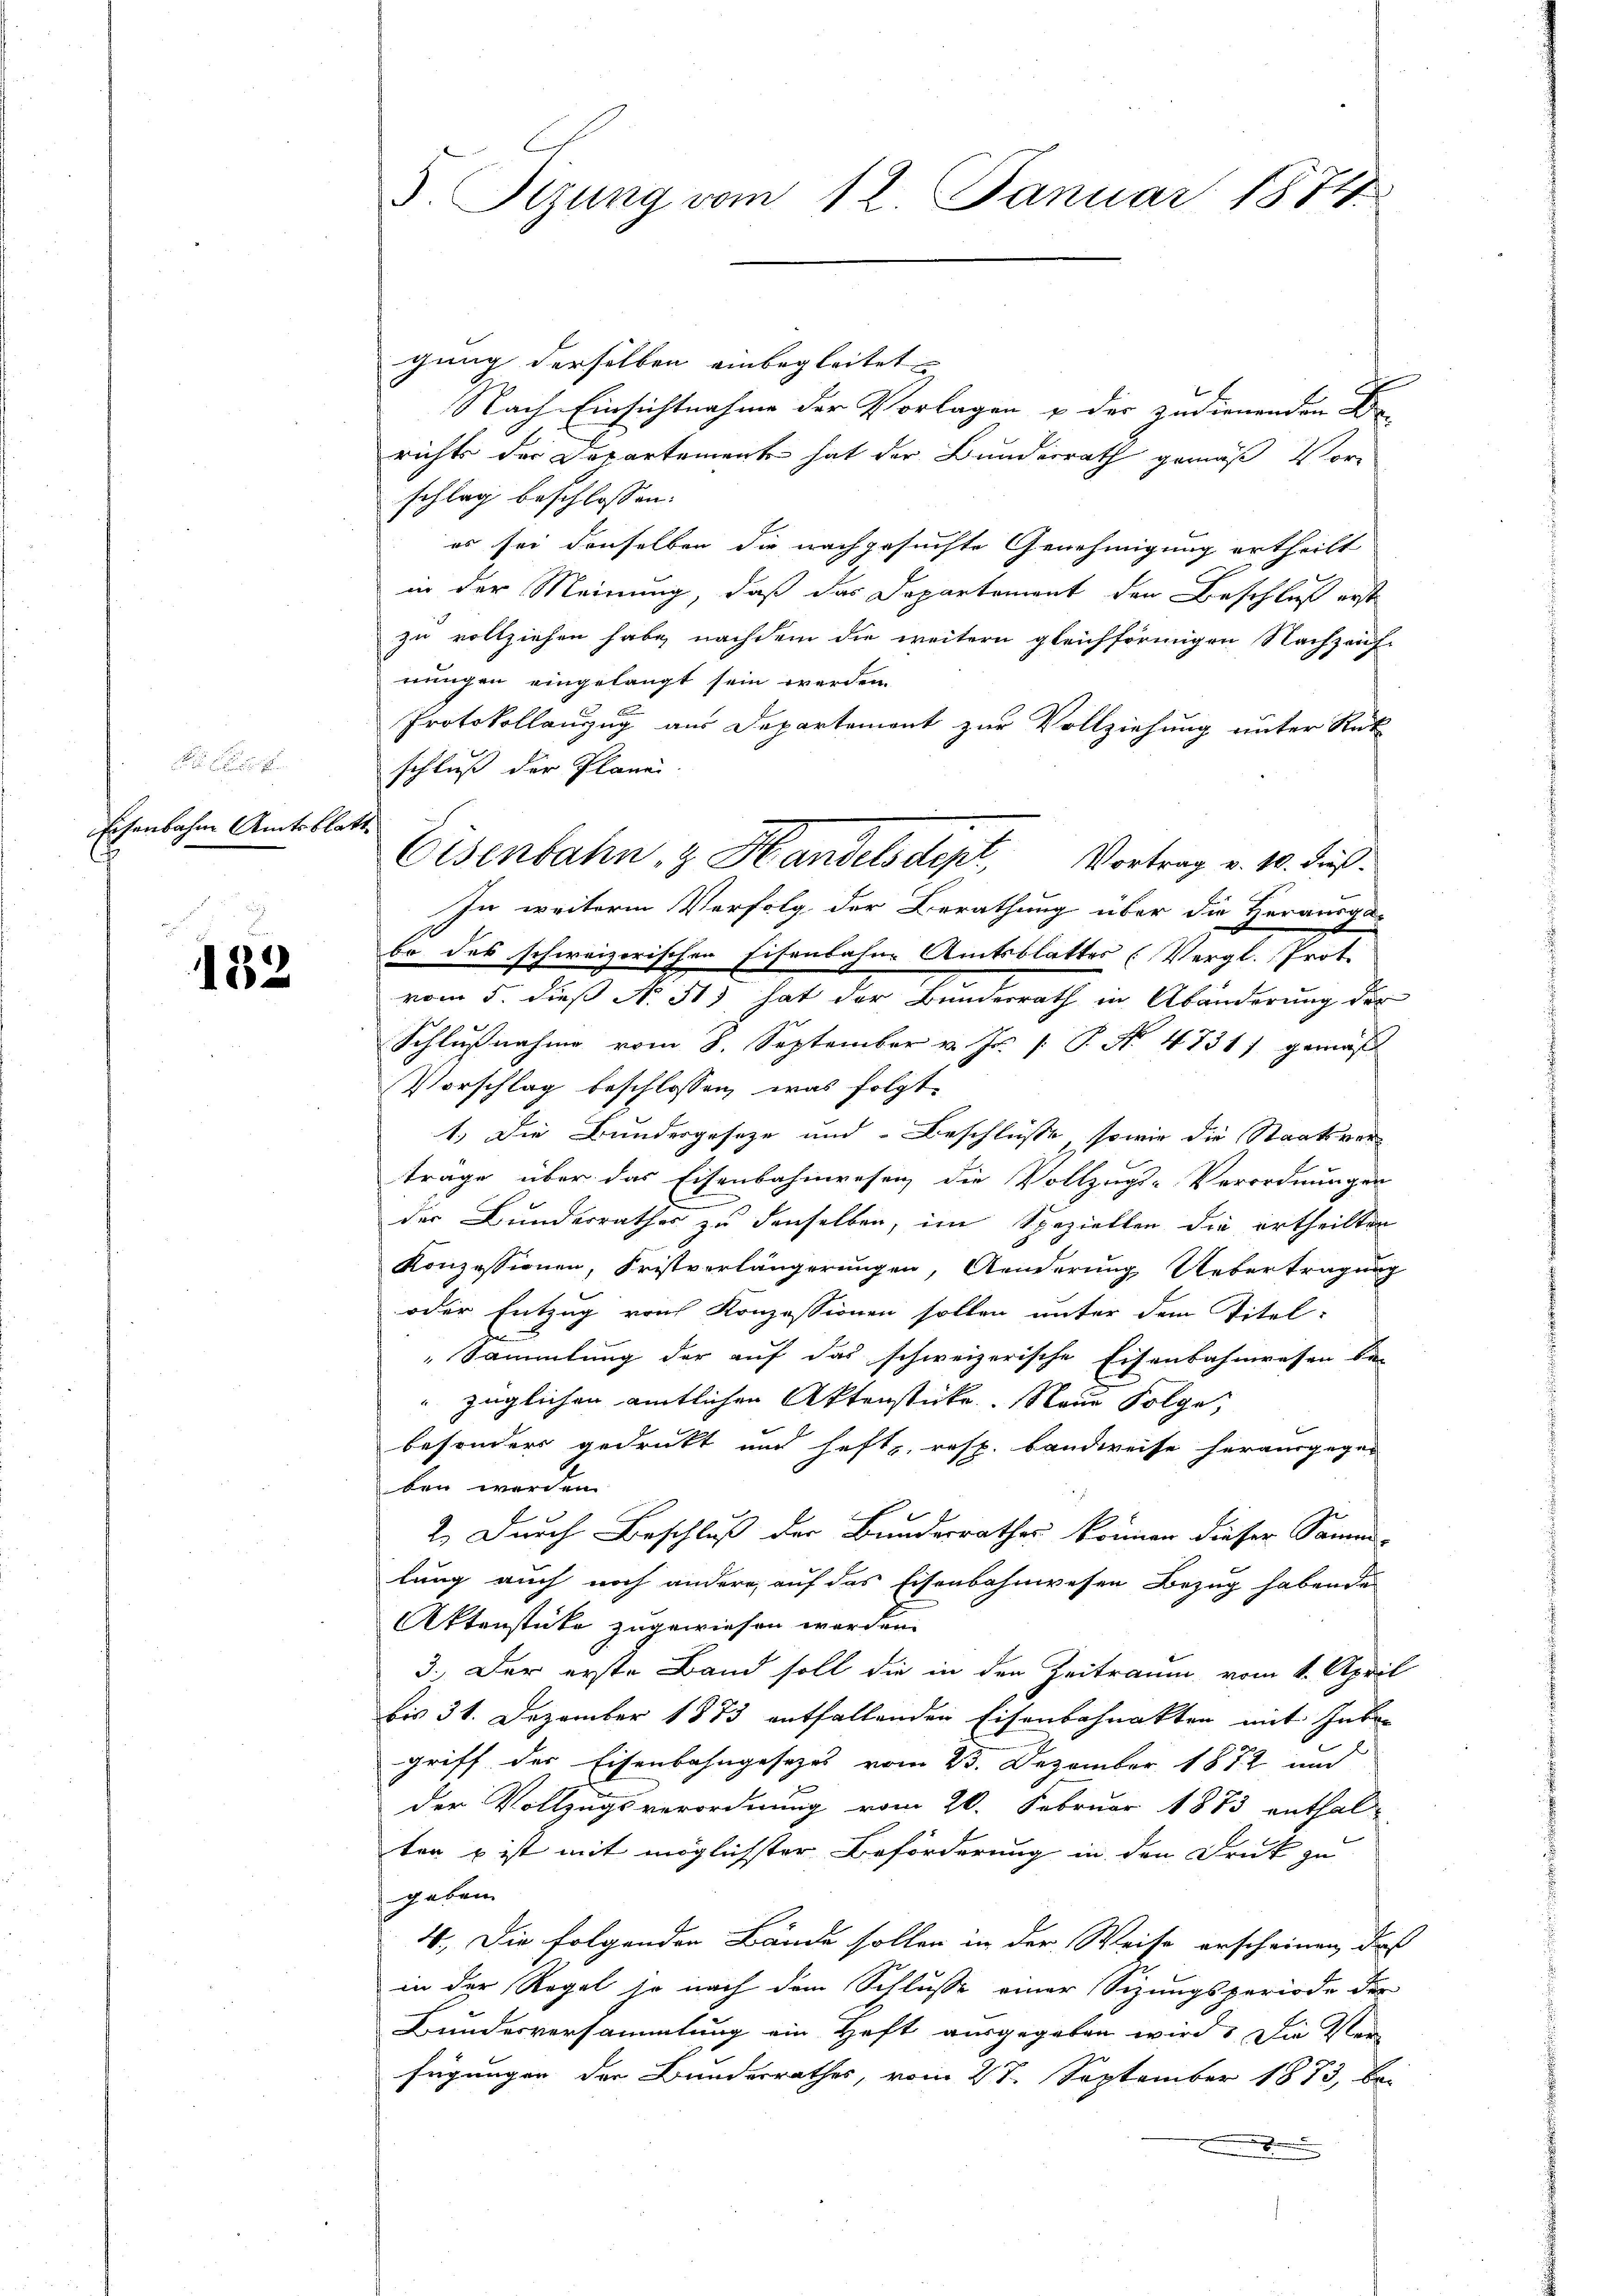
Eisenbahn Amtsblar

182

5. Sizung vom 12. Januar 1874

gung derselben einbegleitet
Nach Einsichtnahme der Vorlagen & des zudienenden B
richts der Departement hat der Bunderrath gemäß Vorschlag beschlossen:
es sei denselben die nachgesuchte Genehmigung ertheilt
in der Meinung, daß das Departement den Beschluß erst
zu vollziehen habe, nachdem die weitern gleichförmigen Nachzauf-
nungen eingelangt sein werden.
Protokollanzug aus Departement zur Vollziehung unter Rat
schluß der Plane. |
In weitere Verfolg der Berathung über die Herausgabo des schweizerischen Eisenbahne Amtsblattes (Vergl. Prot.
vom 5. dieß N. 41) hat der Bundesrath in Abänderung der
Schlußnahme vom 8. September v. Js. [ P. No. 4731) gemäß
Vorschlag beschlossen, was folgt.
1.) Die Bundergeseze und Beschlüsse, sowie die Staatsver
trage über das Eisenbahnwesen die Vollzugs-Verordnungen
der Bunderrathes zu denselben, im Speziellen die ertheilten
Konzessionen, Fristverlängerungen, Aenderung Uebertragung
oder Entzug von Konzessionen sollen unter dem Titel-
Sammlung der auf das schweizerische Eisenbahnwesen bis
züglichen amtlichen Aktenstücke. Neue Folge,
besonders gedrukt und heft, resp. Landweise herausgegeben werden
2.) Durch Beschluß der Bundesrathes können dieser Samm-
lung auch noch andere, auf das Eisenbahnwesen Bezug habende
Aktenstücke zugewiesen werden.
3.) Der erste Band soll die in den Zeitraum, vom 1. April
bis 31. Dezember 1873 entfallenden Eisenbahnakten mit Inbe-
griff der Eisenbahngesetzes vom 23. Dezember 1882 und
der Vollzugsverordnung vom 20. Februar 1873 enthal-
ter u ist mit möglichster Beförderung in den Druk zu
geben.
4. Die folgenden Bände sollen in der Weise erscheinen, daß
in der Regel so nach dem Schlusse einer Sizungsperiode der
Bundesversammlung ein Heft ausgegeben wird. Die Ver-
fügungen der Bunderrathes, vom 27. September 1873, be-

Eisenbahn, z. Handelsdept, Vortrag v. 10. dieß.